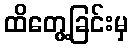
ထိတွေ့ခြင်းမှ